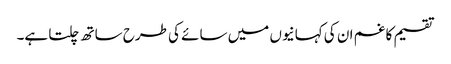
تقسیم کا غم ان کی کہانیوں میں سائے کی طرح ساتھ چلتا ہے۔